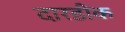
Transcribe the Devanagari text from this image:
दारडीक